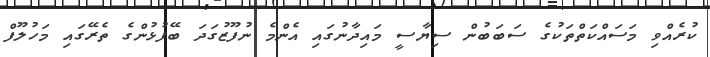
ކުރެއްވި މަސައްކަތްތަކުގެ ސަބަބުން ސިޔާސީ މައިދާނުގައި އެންމެ ނުފޫޒުގަދަ ބޭފުޅުންގެ ތެރޭގައި މަހުލޫފް